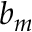
b _ { m }